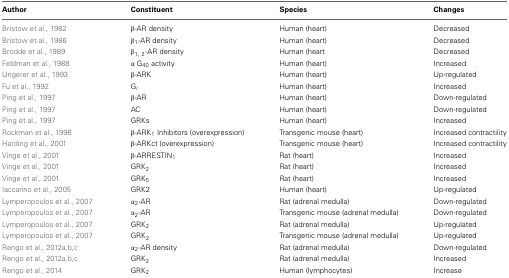
<table><thead><tr><td><b>Author</b></td><td><b>Constituent</b></td><td><b>Species</b></td><td><b>Changes</b></td></tr></thead><tbody><tr><td>Bristow et al., 1982</td><td>β-AR density</td><td>Human (heart)</td><td>Decreased</td></tr><tr><td>Bristow et al., 1986</td><td>β<sub>1</sub>-AR density</td><td>Human (heart)</td><td>Decreased</td></tr><tr><td>Brodde et al., 1989</td><td>β<sub>1, 2</sub>-AR density</td><td>Human (heart</td><td>Decreased</td></tr><tr><td>Feldman et al., 1988</td><td>α G<sub>40</sub> activity</td><td>Human (heart)</td><td>Increased</td></tr><tr><td>Ungerer et al., 1993</td><td>β-ARK</td><td>Human (heart)</td><td>Up-regulated</td></tr><tr><td>Fu et al., 1992</td><td>G<sub><i>i</i></sub></td><td>Human (heart)</td><td>Increased</td></tr><tr><td>Ping et al., 1997</td><td>β-AR</td><td>Human (heart)</td><td>Down-regulated</td></tr><tr><td>Ping et al., 1997</td><td>AC</td><td>Human (heart)</td><td>Down-regulated</td></tr><tr><td>Ping et al., 1997</td><td>GRKs</td><td>Human (heart)</td><td>Increased</td></tr><tr><td>Rockman et al., 1996</td><td>β-ARK<sub>1</sub> Inhibitors (overexpression)</td><td>Transgenic mouse (heart)</td><td>Increased contractility</td></tr><tr><td>Harding et al., 2001</td><td>β-ARKct (overexpression)</td><td>Transgenic mouse (heart)</td><td>Increased contractility</td></tr><tr><td>Vinge et al., 2001</td><td>β-ARRESTIN<sub>1</sub></td><td>Rat (heart)</td><td>Increased</td></tr><tr><td>Vinge et al., 2001</td><td>GRK<sub>2</sub></td><td>Rat (heart)</td><td>Increased</td></tr><tr><td>Vinge et al., 2001</td><td>GRK<sub>5</sub></td><td>Rat (heart)</td><td>Increased</td></tr><tr><td>Iaccarino et al., 2005</td><td>GRK2</td><td>Human (heart)</td><td>Up-regulated</td></tr><tr><td>Lymperopoulos et al., 2007</td><td>α<sub>2</sub>-AR</td><td>Rat (adrenal medulla)</td><td>Down-regulated</td></tr><tr><td>Lymperopoulos et al., 2007</td><td>α<sub>2</sub>-AR</td><td>Transgenic mouse (adrenal medulla)</td><td>Down-regulated</td></tr><tr><td>Lymperopoulos et al., 2007</td><td>GRK<sub>2</sub></td><td>Rat (adrenal medulla)</td><td>Up-regulated</td></tr><tr><td>Lymperopoulos et al., 2007</td><td>GRK<sub>2</sub></td><td>Transgenic mouse (adrenal medulla)</td><td>Up-regulated</td></tr><tr><td>Rengo et al., 2012a,b,c</td><td>α<sub>2</sub>-AR density</td><td>Rat (adrenal medulla)</td><td>Down-regulated</td></tr><tr><td>Rengo et al., 2012a,b,c</td><td>GRK<sub>2</sub></td><td>Rat (adrenal medulla)</td><td>Increased</td></tr><tr><td>Rengo et al., 2014</td><td>GRK<sub>2</sub></td><td>Human (lymphocytes)</td><td>Increase</td></tr></tbody></table>